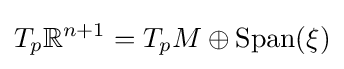
T_{p}\mathbb {R} ^{n+1}=T_{p}M\oplus {\text{Span}}(\xi )